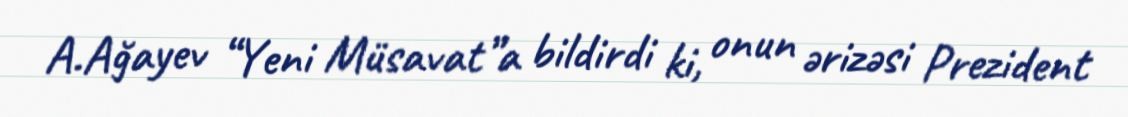
A.Ağayev “Yeni Müsavat”a bildirdi ki, onun ərizəsi Prezident